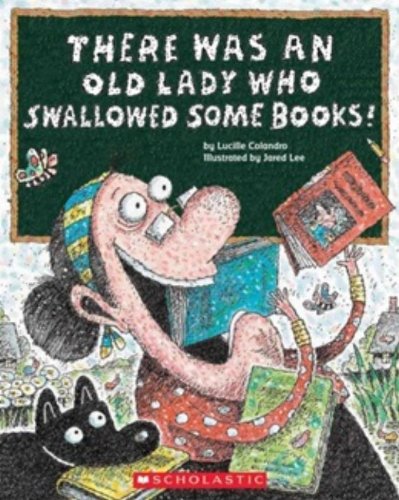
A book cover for There Was an Old Lady Who Swallowed Some Books!; Lucille Colandro; Children's Books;